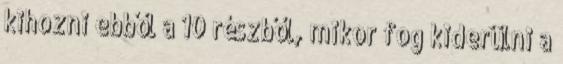
kihozni ebből a 10 részből, mikor fog kiderülni a